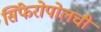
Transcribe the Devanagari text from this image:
सिंफेरोपोलची